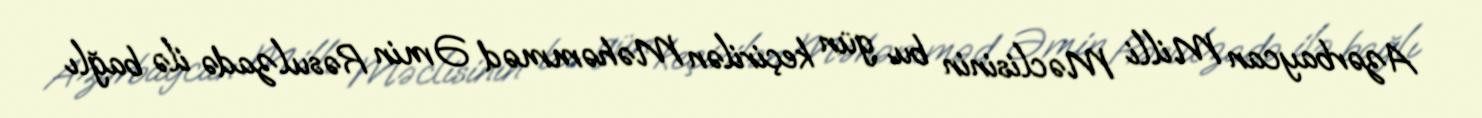
Azərbaycan Milli Məclisinin bu gün keçirilən Məhəmməd Əmin Rəsulzadə ilə bağlı